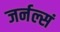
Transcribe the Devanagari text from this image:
जर्नल्सं